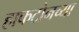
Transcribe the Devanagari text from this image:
हाफटोनच्या